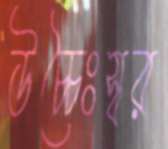
উচ্চৈঃস্বর